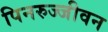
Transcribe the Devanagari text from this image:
पिनरुज्जीवन